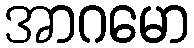
အာဂမော